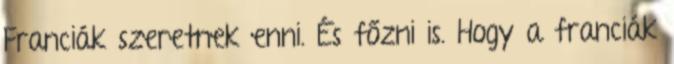
Franciák szeretnek enni. És főzni is. Hogy a franciák